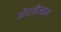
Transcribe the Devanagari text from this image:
औरमैल्कम